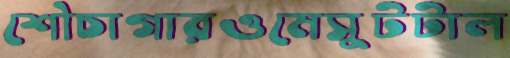
শৌচাগারওমেসুটটাল